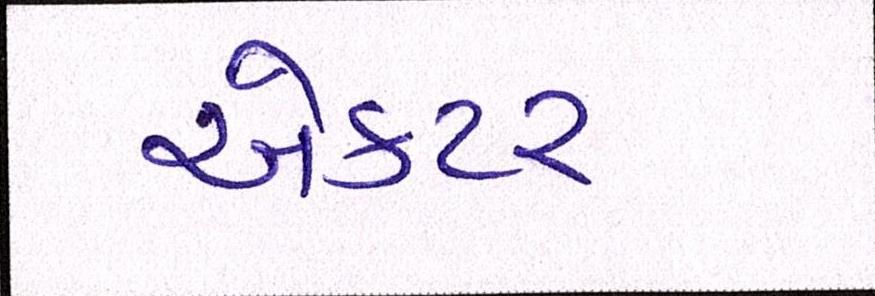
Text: ઍક્ટર